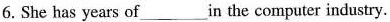
6.She has years of___in the computer industry.